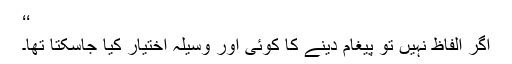
‘‘
اگر الفاظ نہیں تو پیغام دینے کا کوئی اور وسیلہ اختیار کیا جاسکتا تھا۔